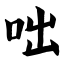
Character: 咄